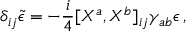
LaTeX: \delta _ { i j } \tilde { \epsilon } = - { \frac { i } { 4 } } \lbrack X ^ { a } , X ^ { b } \rbrack _ { i j } \gamma _ { a b } \epsilon \, ,